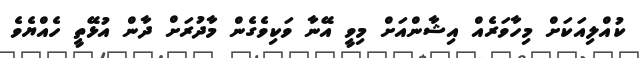
ކުއްލިއަކަށް މިހާވަރެއް އިޝާންއަށް މިވީ އޭނާ ވަކިވެގެން މާދުރަށް ދާން އުޅޭތީ ހެއްޔެވެ